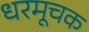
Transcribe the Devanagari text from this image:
धरमूचक